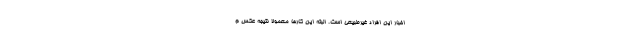
اخبار این افراد غیرطبیعی است. البته این کارها معمولاً نتیجه عکس م